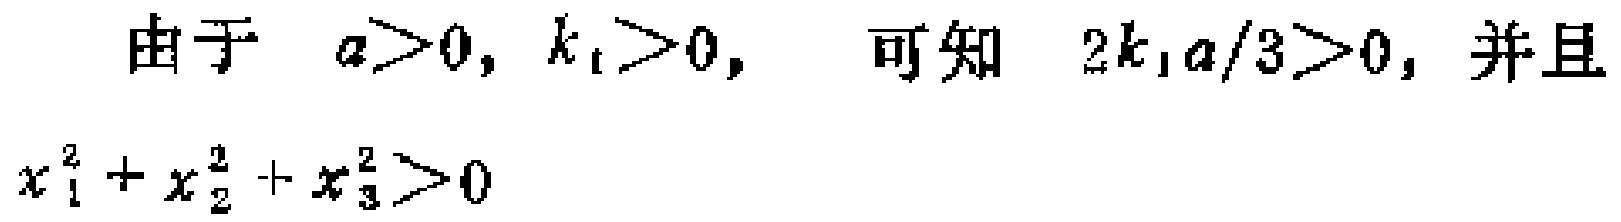
由于 \(a>0, k_{1}>0,\) 可知 \(2k_{1}a/3>0,\) 并且

\[x_{1}^{2}+x_{2}^{2}+x_{3}^{2}>0\]